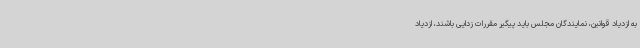
به ازدیاد قوانین، نمایندگان مجلس باید پیگیر مقررات زدایی باشند، ازدیاد